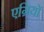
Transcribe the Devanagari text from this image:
एग्रियो